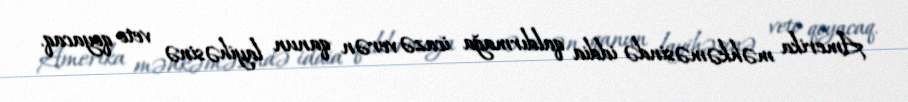
Amerika məhkəməsində iddia qaldırmağa icazə verən qanun layihəsinə veto qoyacaq.